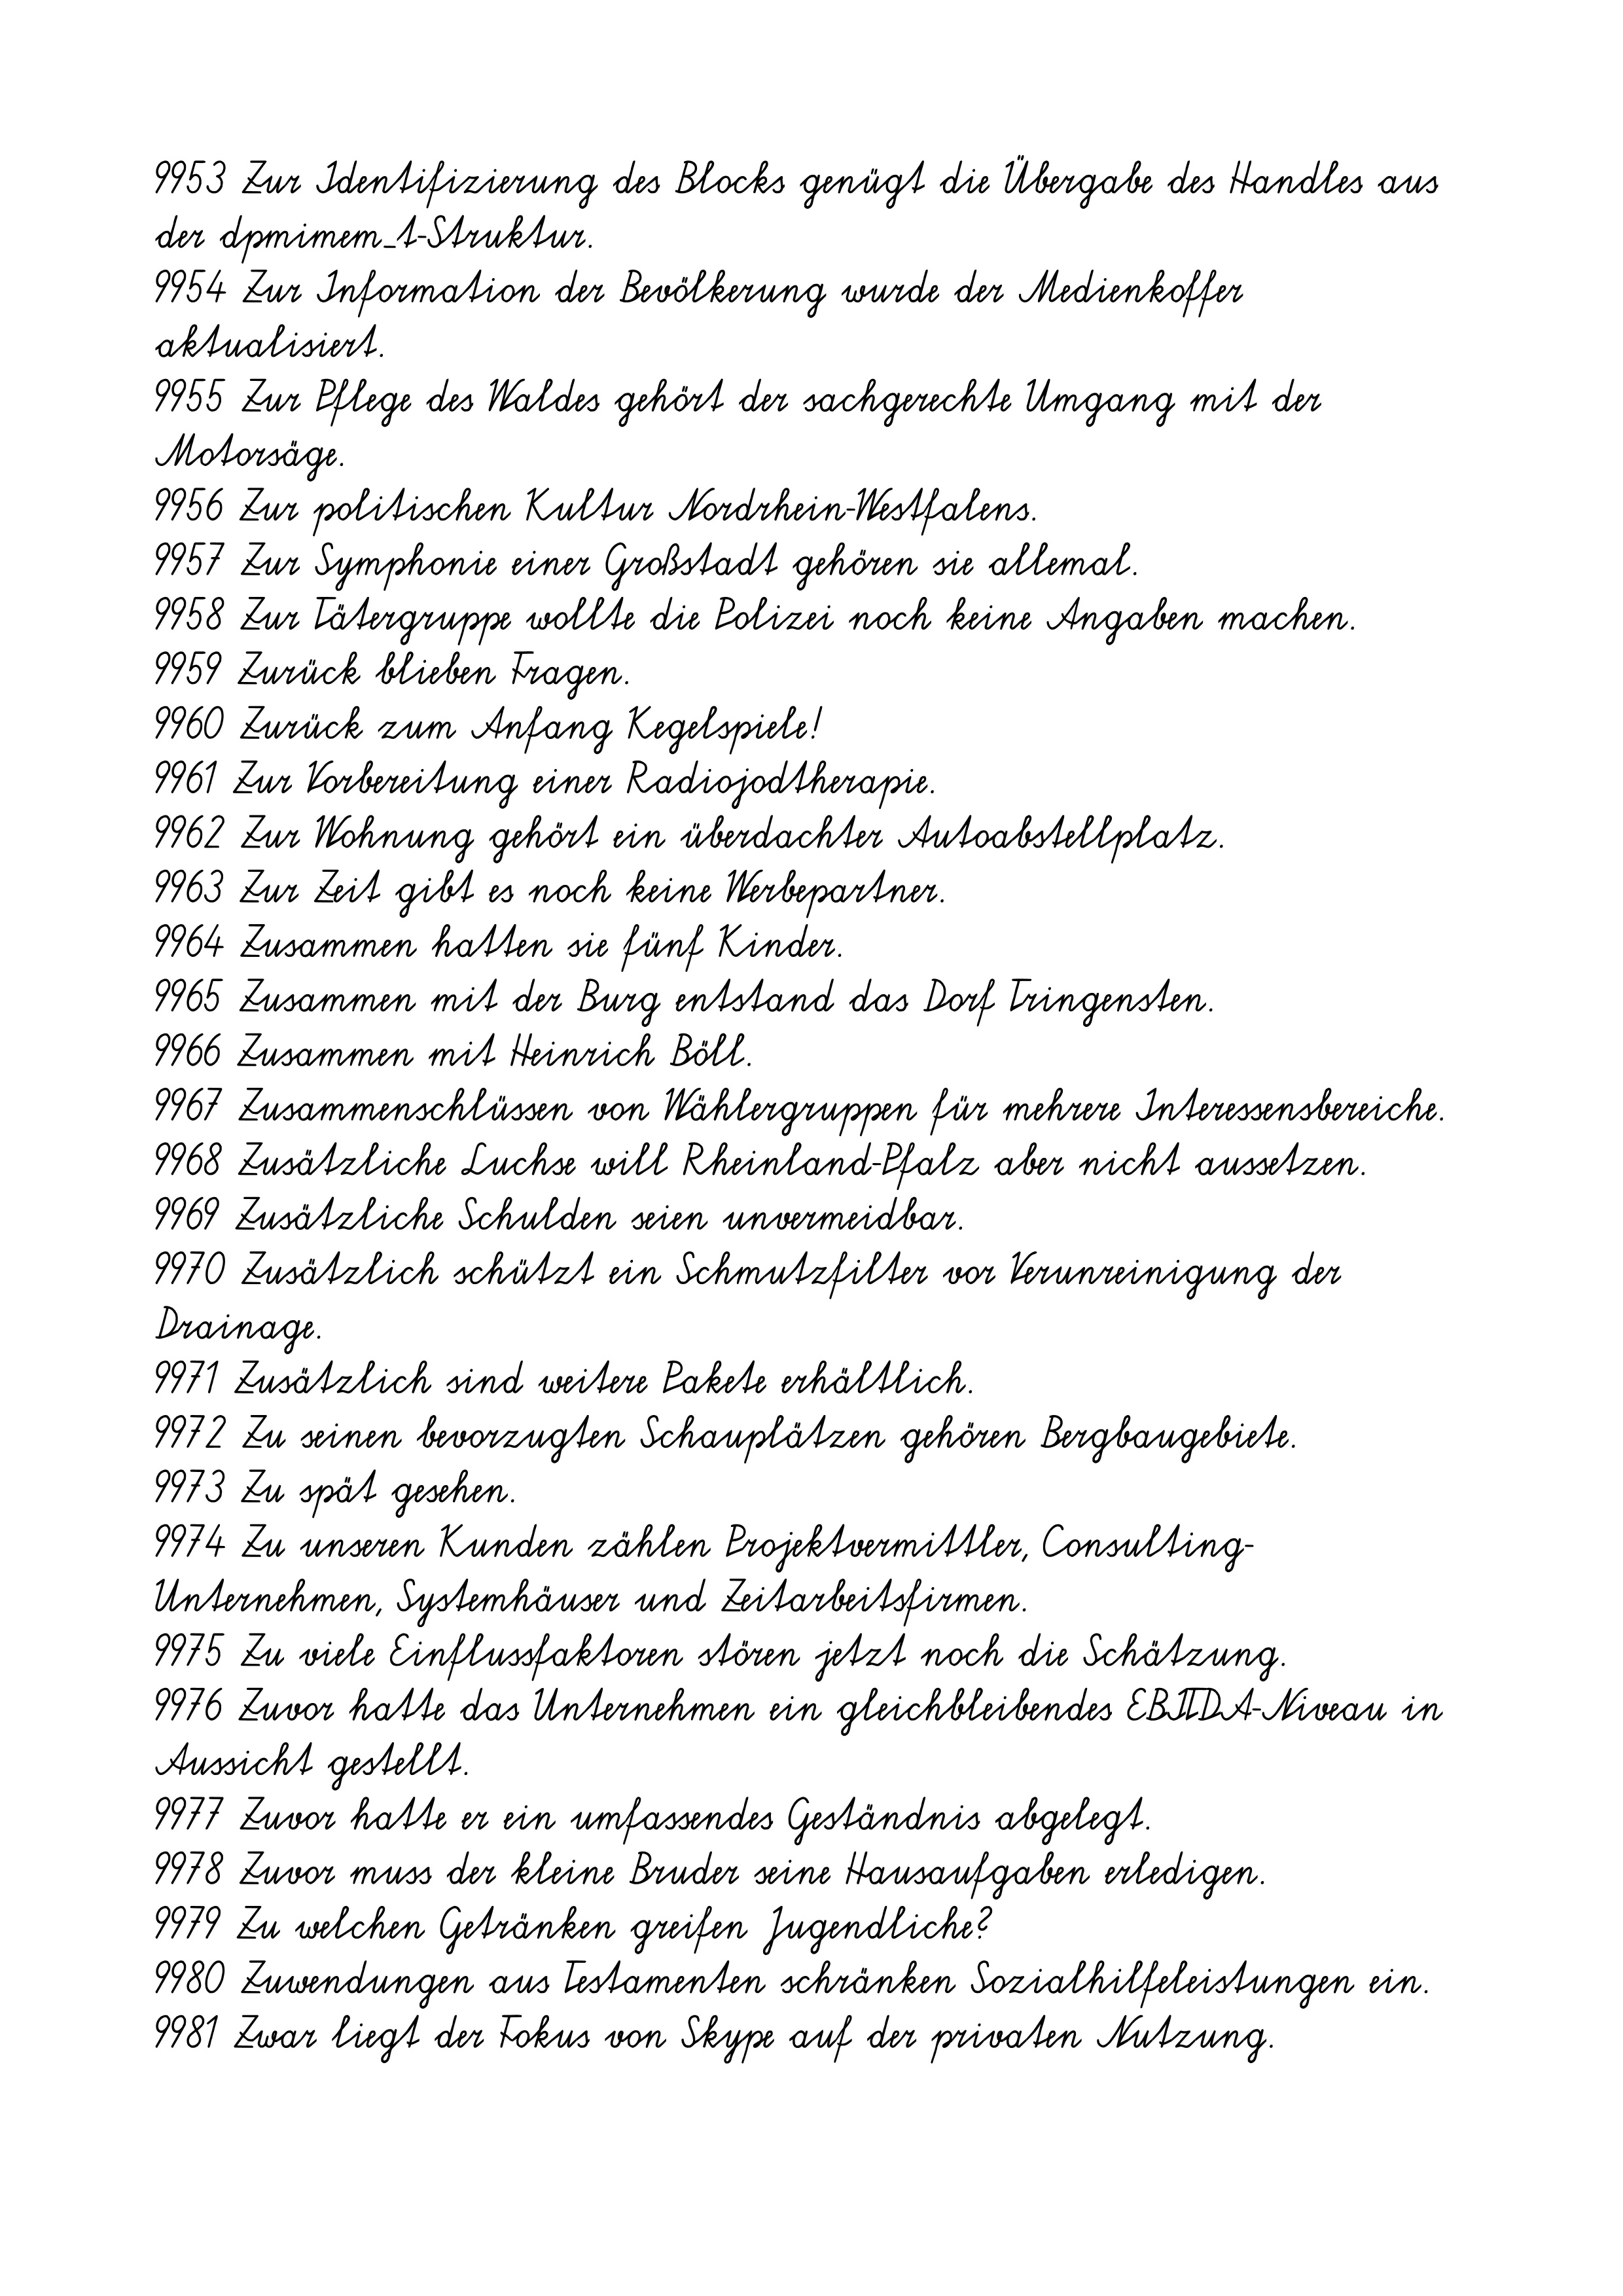
9953 Zur Identifizierung des Blocks genügt die Übergabe des Handles aus
der dpmimem_t-Struktur.
9954 Zur Information der Bevölkerung wurde der Medienkoffer
aktualisiert.
9955 Zur Pflege des Waldes gehört der sachgerechte Umgang mit der
Motorsäge.
9956 Zur politischen Kultur Nordrhein-Westfalens.
9957 Zur Symphonie einer Großstadt gehören sie allemal.
9958 Zur Tätergruppe wollte die Polizei noch keine Angaben machen.
9959 Zurück blieben Fragen.
9960 Zurück zum Anfang Kegelspiele!
9961 Zur Vorbereitung einer Radiojodtherapie.
9962 Zur Wohnung gehört ein überdachter Autoabstellplatz.
9963 Zur Zeit gibt es noch keine Werbepartner.
9964 Zusammen hatten sie fünf Kinder.
9965 Zusammen mit der Burg entstand das Dorf Tringensten.
9966 Zusammen mit Heinrich Böll.
9967 Zusammenschlüssen von Wählergruppen für mehrere Interessensbereiche.
9968 Zusätzliche Luchse will Rheinland-Pfalz aber nicht aussetzen.
9969 Zusätzliche Schulden seien unvermeidbar.
9970 Zusätzlich schützt ein Schmutzfilter vor Verunreinigung der
Drainage.
9971 Zusätzlich sind weitere Pakete erhältlich.
9972 Zu seinen bevorzugten Schauplätzen gehören Bergbaugebiete.
9973 Zu spät gesehen.
9974 Zu unseren Kunden zählen Projektvermittler, Consulting-
Unternehmen, Systemhäuser und Zeitarbeitsfirmen.
9975 Zu viele Einflussfaktoren stören jetzt noch die Schätzung
9976 Zuvor hatte das Unternehmen ein gleichbleibendes EBITDA-Niveau in
Aussicht gestellt.
9977 Zuvor hatte er ein umfassendes Geständnis abgelegt.
9978 Zuvor muss der kleine Bruder seine Hausaufgaben erledigen.
9979 Zu welchen Getränken greifen Jugendliche?
9980 Zuwendungen aus Testamenten schränken Sozialhilfeleistungen ein.
9981 Zwar liegt der Fokus von Skype auf der privaten Nutzung.